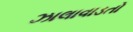
ઝાલાવાડતો